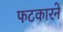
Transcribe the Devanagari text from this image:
फटकारने